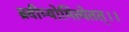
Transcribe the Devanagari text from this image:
ब्रवीम्योमित्येतत्।।